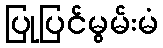
ပြုပြင်မွမ်းမံ